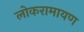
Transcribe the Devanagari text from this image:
लोकरामायण